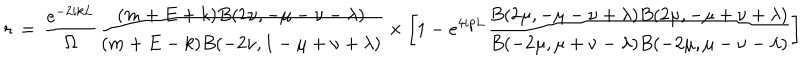
r \, = \, \frac { e ^ { - 2 i k L } } { \Omega } \frac { ( m + E + k ) B ( 2 \nu , - \mu - \nu - \lambda ) } { ( m + E - k ) B ( - 2 \nu , 1 - \mu + \nu + \lambda ) } \times \left[ 1 - e ^ { 4 i p L } \frac { B ( 2 \mu , - \mu - \nu + \lambda ) B ( 2 \mu , - \mu + \nu + \lambda ) } { B ( - 2 \mu , \mu + \nu - \lambda ) B ( - 2 \mu , \mu - \nu - \lambda ) } \right]